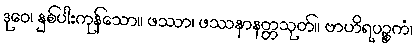
ဒုဝေ၊ နှစ်ပါးကုန်သော။ ဖဿာ၊ ဖဿနာနတ္တသုတ်။ ဗာဟိရပဉ္စကံ၊